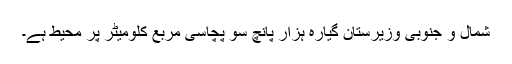
شمال و جنوبی وزیرستان گیارہ ہزار پانچ سو پچاسی مربع کلومیٹر پر محیط ہے۔